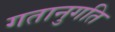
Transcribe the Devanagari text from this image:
गतानुगति